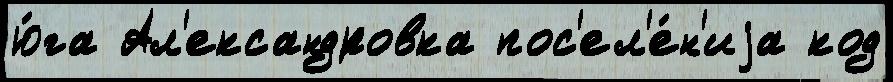
ю́га Ал'ександровка пос'ел'е́н'иjа код